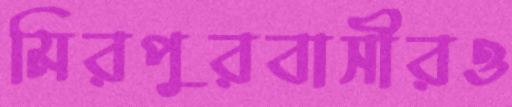
মিরপুরবাসীরও